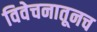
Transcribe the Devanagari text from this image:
विवेचनातूनच